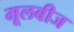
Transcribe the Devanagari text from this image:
मूलबीज